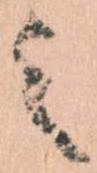
之